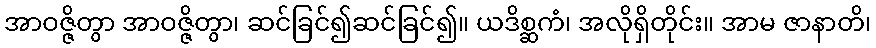
အာဝဇ္ဇိတွာ အာဝဇ္ဇိတွာ၊ ဆင်ခြင်၍ဆင်ခြင်၍။ ယဒိစ္ဆကံ၊ အလိုရှိတိုင်း။ အာမ ဇာနာတိ၊